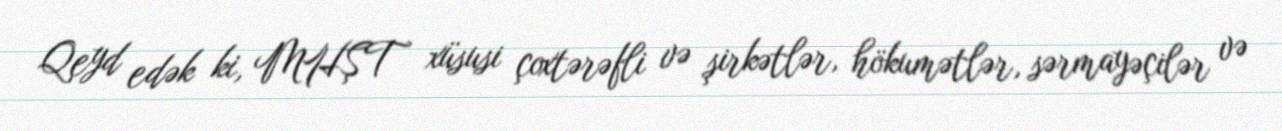
Qeyd edək ki, MHŞT xüsusi çoxtərəfli və şirkətlər, hökumətlər, sərmayəçilər və